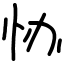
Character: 协